Civil Veterinary Department Bengal reports 1933-51 - 1933-1951
Year: 1933
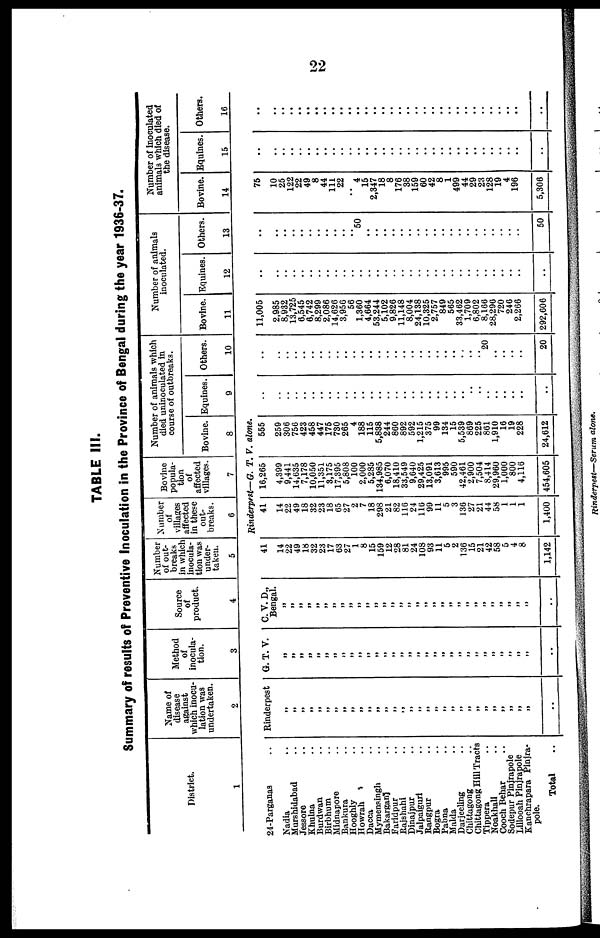
22
TABLE III.
Summary of results of Preventive Inoculation in the Province of Bengal during the year 1936-37.
District.
1
24-Parganas ..
Nadia ..
Murshidabad ..
Jessore ..
Khulna ..
Burdwan ..
Birbhum ..
Midnapore ..
Bankura ..
Hooghly ..
Howrah ..
Dacca ..
Mymensingh ..
Bakarganj ..
Faridpur ..
Rajshahi ..
Dinajpur ..
Jalpaigurl ..
Rangpur ..
Bogra ..
Pabna ..
Malda ..
Darjeeling ..
Chittagong
Chittagong Hill Tracts
Tippera ..
Noakhali ..
Cooch Behar ..
Sodepur Pinjrapole
Lillooah Pinjrapole
Kanchrapara Pinjra-
pole.
Total ..
Name of
disease
against
which inocu-
lation was
undertaken.
2
Rinderpest
„
„
„ „
„
„
„
„
„
„
„
„
„
„
„
„
„
„
„
„
„
„ „
„
„
„
„
„
„
„
..
Method
of
inocula-
tion.
3
G. T.V.
„
„
„
„
„
„
„
„
„
„
„
„
„
„
„
„
„
„
„
„
„
„
„
„
„
„
„
„
„
..
Source
of
product.
4
C. V. D.,
Bengal.
„
„
„
„
„
„
„
„
„
„
„ „
„
„
„
„
„
„
„
„
„ „
„
„
„
„
„
„
..
Number
of out-
breaks
in which
inocula-
tion was
under-
taken.
5
41
14
22
49
18
32
23
17
63
27
1
8
15
159
12
28
81
24
108
93
11
5
2
136
15
21
42
58
5
4
8
1,142
Number
of
villages
affected
in these
out-
breaks.
6
Bovine
popula-
tion
of
affected
villages.
7
Number of animals which
died uninoculated in
course of outbreaks.
Bovine.
8
Rinderpest—G. T. V. alone.
41
14
22
49
18
32
23
18
65
27
2
7
18
298
21
82
116
24
116
99
11
5
3
136
27
21
44
58
1
1
1
1,400
16,265
4,399
9,441
14,635
7,178
10,050
11,351
3,175
17,395
5,808
100
2,000
5,285
134,985
6,070
18,410
33,549
9,640
29,425
13,091
3,613
995
590
42,461
2,900
7,504
8,414
29,960
1,000
800
4,116
454,605
555
259
306
756
423
458
447
175
730
265
4
188
115
5,838
244
860
892
592
1,215
375
99
134
15
5,539
869
225
861
1,910
16
19
228
24,612
Equines.
9
..
..
..
..
..
..
..
..
..
..
..
..
..
..
..
..
..
..
..
..
..
..
..
..
..
..
..
..
..
..
..
..
Others.
10
..
..
..
..
..
..
..
..
.. ..
..
..
..
..
..
..
..
..
..
..
..
..
..
..
..
.. 20
..
..
..
..
20
Number of animals
inoculated.
Bovine.
11
11,005
2,985
8,932
13,725
6,545
6,742
8,299
2,086
14,626
3,956
56
1,360
4,664
53,244
5,102
9,826
11,148
8,004
24,1.38
10,325
2,757
849
565
33,462
1,709
6,802
8,166
28,296
720
246
2,266
292,606
Equines.
12
..
..
..
..
..
..
..
..
..
..
..
..
..
..
..
..
..
..
..
..
..
..
..
..
..
..
..
..
..
..
..
Others.
13
..
..
..
..
..
..
..
..
..
..
.. 50
..
..
..
..
..
..
..
..
..
..
..
....
..
..
..
..
..
..
50
Number of inoculated
animals which died of
the disease.
Bovine.
14
75
10
25
122
22
49
8
44
111
22
..
4
15
2,347
18
8
176
38
159
60
42
8
1
499
44
29
23
128
19
4
196
5,306
Equines.
15
..
..
..
..
.. ..
..
..
..
..
..
.. ..
..
..
..
..
..
..
..
..
..
..
..
.. ..
..
..
..
..
..
..
Others.
16
..
..
..
..
..
..
..
..
..
..
..
..
..
..
..
..
..
.. ..
..
.. ..
.. ..
.. ..
..
..
.. ..
..
..
Rinderpest—Serum alone.